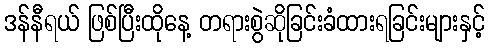
ဒန်နီရယ် ဖြစ်ပြီးထိုနေ့ တရားစွဲဆိုခြင်းခံထားရခြင်းများနှင့်